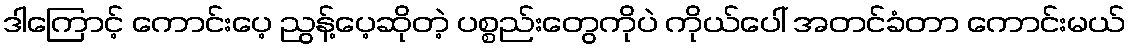
ဒါကြောင့် ကောင်းပေ့ ညွန့်ပေ့ဆိုတဲ့ ပစ္စည်းတွေကိုပဲ ကိုယ်ပေါ် အတင်ခံတာ ကောင်းမယ်